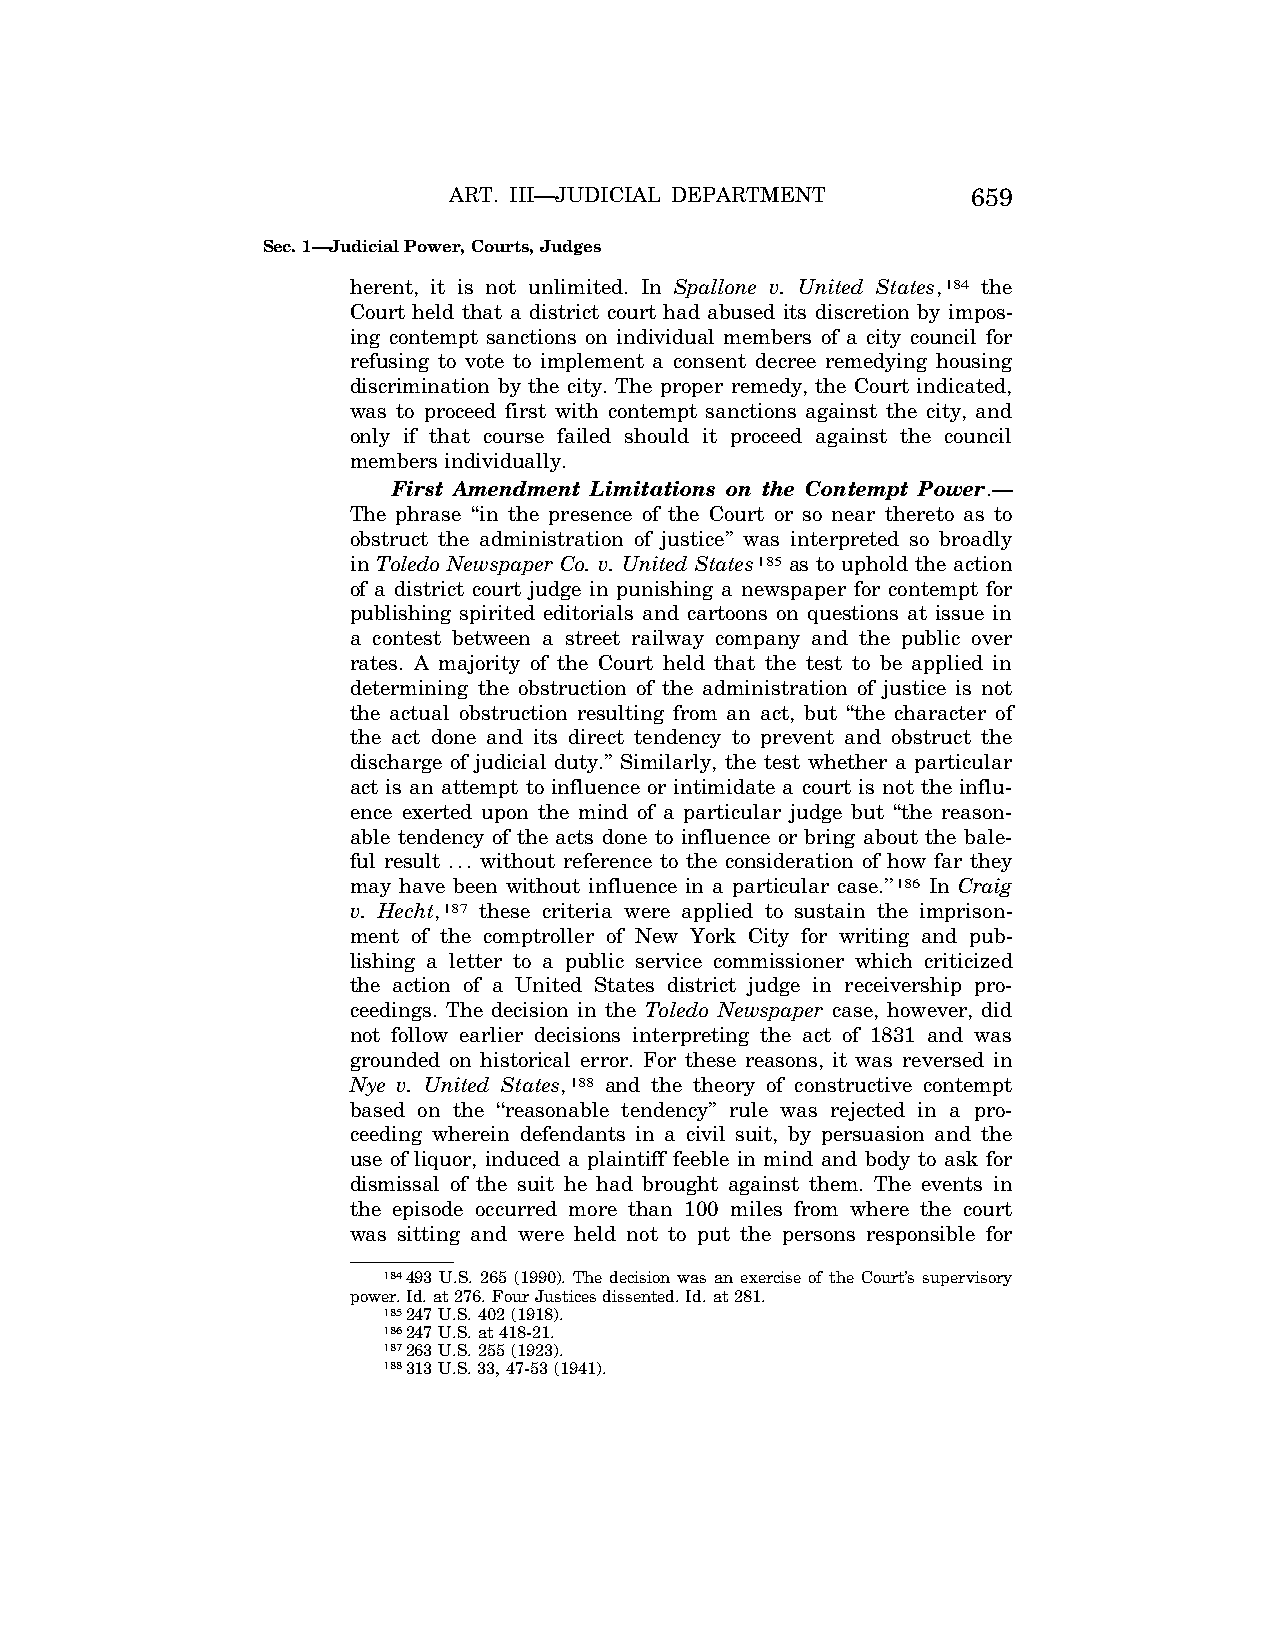
ART. III—JUDICIAL DEPARTMENT      659
 Sec. 1—Judicial Power, Courts, Judges
 herent, it is not unlimited. In Spallone v. United States,184 the
 Court held that a district court had abused its discretion by impos-
 ing contempt sanctions on individual members of a city council for
 refusing to vote to implement a consent decree remedying housing
 discrimination by the city. The proper remedy, the Court indicated,
 was to proceed first with contempt sanctions against the city, and
 only if that course failed should it proceed against the council
 members individually.
 First Amendment Limitations on the Contempt Power.—
 The phrase ‘‘in the presence of the Court or so near thereto as to
 obstruct the administration of justice’’ was interpreted so broadly
 in Toledo Newspaper Co. v. United States185 as to uphold the action
 of a district court judge in punishing a newspaper for contempt for
 publishing spirited editorials and cartoons on questions at issue in
 a contest between a street railway company and the public over
 rates. A majority of the Court held that the test to be applied in
 determining the obstruction of the administration of justice is not
 the actual obstruction resulting from an act, but ‘‘the character of
 the act done and its direct tendency to prevent and obstruct the
 discharge of judicial duty.’’ Similarly, the test whether a particular
 act is an attempt to influence or intimidate a court is not the influ-
 ence exerted upon the mind of a particular judge but ‘‘the reason-
 able tendency of the acts done to influence or bring about the bale-
 ful result ... without reference to the consideration of how far they
 may have been without influence in a particular case.’’186 In Craig
 v. Hecht,187 these criteria were applied to sustain the imprison-
 ment of the comptroller of New York City for writing and pub-
 lishing a letter to a public service commissioner which criticized
 the action of a United States district judge in receivership pro-
 ceedings. The decision in the Toledo Newspaper case, however, did
 not follow earlier decisions interpreting the act of 1831 and was
 grounded on historical error. For these reasons, it was reversed in
 Nye v. United States,188 and the theory of constructive contempt
 based on the ‘‘reasonable tendency’’ rule was rejected in a pro-
 ceeding wherein defendants in a civil suit, by persuasion and the
 use of liquor, induced a plaintiff feeble in mind and body to ask for
 dismissal of the suit he had brought against them. The events in
 the episode occurred more than 100 miles from where the court
 was sitting and were held not to put the persons responsible for
 184493 U.S. 265 (1990). The decision was an exercise of the Court’s supervisory
 power. Id. at 276. Four Justices dissented. Id. at 281.
 185247 U.S. 402 (1918).
 186247 U.S. at 418-21.
 187263 U.S. 255 (1923).
 188313 U.S. 33, 47-53 (1941).
 VerDate Apr<15>2004 08:36 Apr 29, 2004 Jkt 077500 PO 00000 Frm 00033 Fmt 8222 Sfmt 8222 C:\CONAN\CON013.SGM PRFM99 PsN: CON013